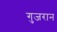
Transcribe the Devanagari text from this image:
गुजरान